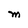
Character: M